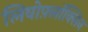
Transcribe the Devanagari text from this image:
लिवोफ़्लॉक्सिन